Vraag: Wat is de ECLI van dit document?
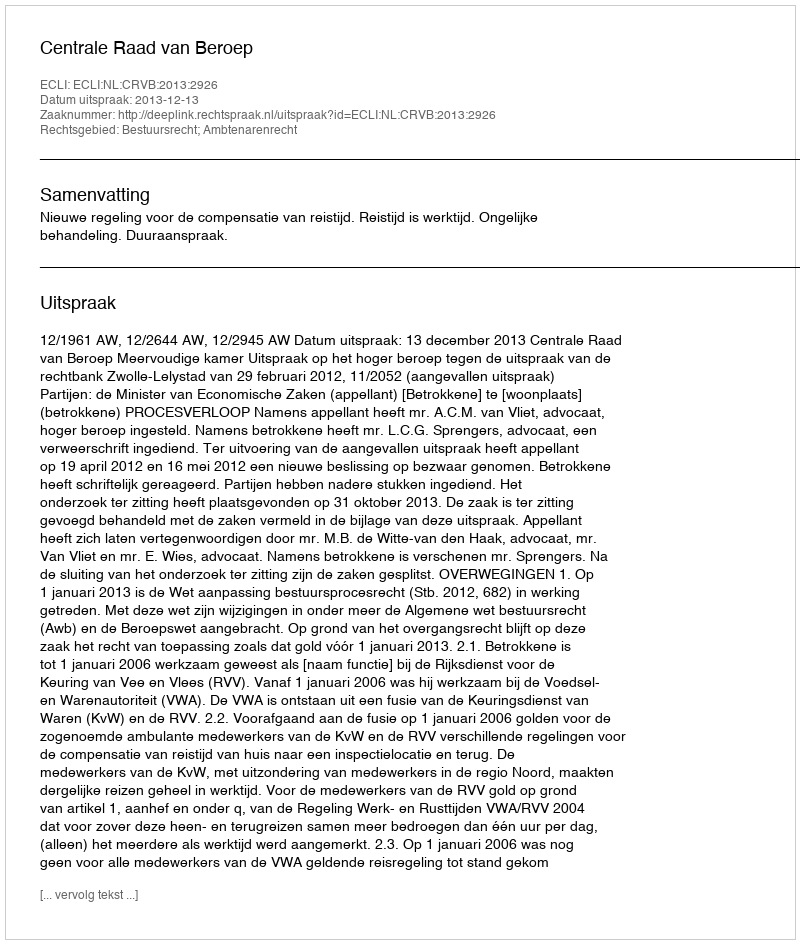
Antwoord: ECLI:NL:CRVB:2013:2926